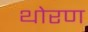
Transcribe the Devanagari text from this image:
थोरण